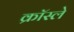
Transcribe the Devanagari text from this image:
क्रॉस्ले